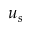
u _ { s }